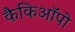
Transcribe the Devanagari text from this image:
कैकिऑपो